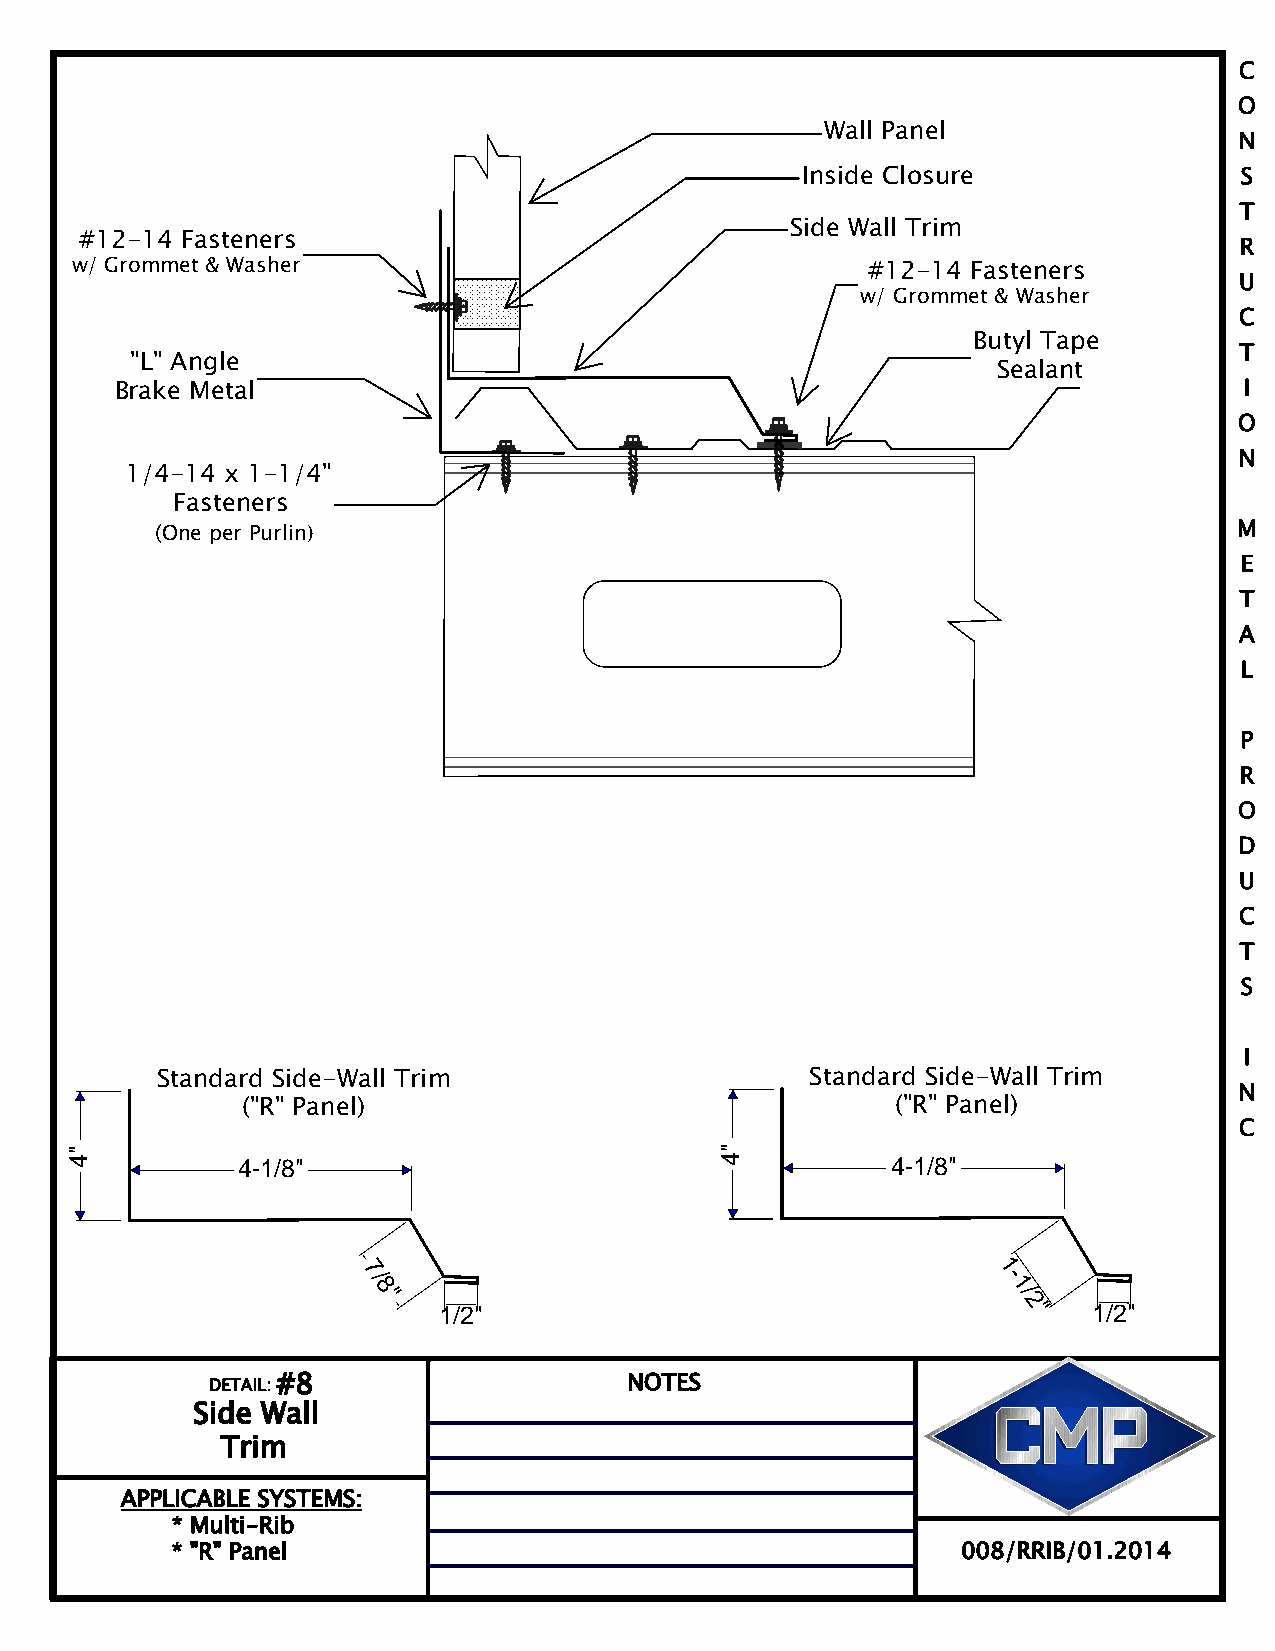
C
 O
 Wall Panel                 N
 S
 Inside Closure
 T
 Side Wall Trim
 #12 14 Fasteners                                                             R
 w/ Grommet & Washer                                 #12  14 Fasteners        U
 w/ Grommet & Washer
 C
 Butyl Tape        T
 "L" Angle
 Sealant
 I
 Brake Metal
 O
 N
 1/4 14 x 1 1/4"
 Fasteners
 M
 (One per Purlin)
 E
 T
 A
 L
 P
 R
 O
 D
 U
 C
 T
 S
 I
 Standard Side Wall Trim                     Standard Side Wall Trim     N
 ("R" Panel)                                ("R" Panel)
 C
 4-1/8"                                     4-1/8"
 7/
 8
 "
 1 -
 1/
 1/2"                                   2 " 1/2"
 DETAIL: #8                  NOTES
 Side Wall
 Trim
 APPLICABLE SYSTEMS:
 * Multi Rib
 * "R" Panel                                          008/RRIB/01.2014
 "4                                          "4